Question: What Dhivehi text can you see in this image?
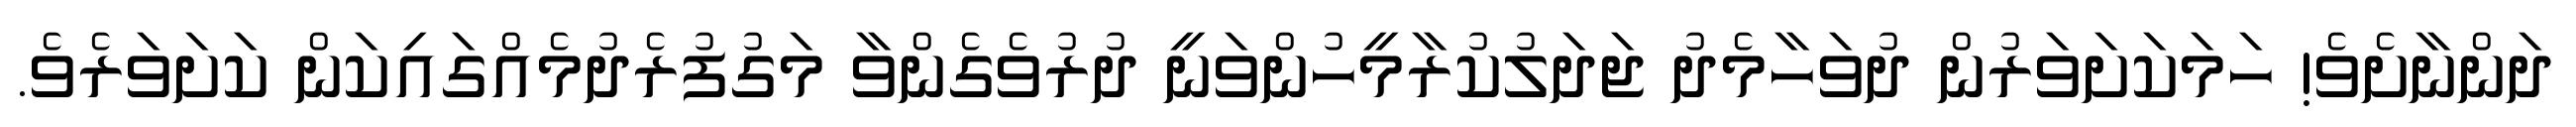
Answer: ދަންނާށެވެ! ހަމަކަށަވަރުން ދުވަހާމެދު ޖަދަލުކުރާމީހުންވަނީ ދުރުވެގެންވާ މަގުފުރެދުމެއްގައިކަން ކަށަވަރެވެ.